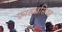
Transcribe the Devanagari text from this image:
फारुखसियर